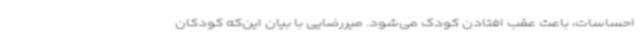
احساسات، باعث عقب افتادن کودک می‌شود. میررضایی با بیان این‌که کودکان